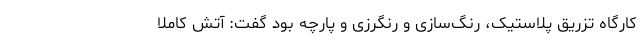
کارگاه تزریق پلاستیک، رنگ‌سازی و رنگرزی و پارچه بود گفت: آتش کاملا